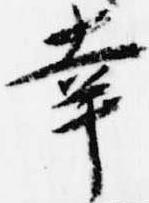
幸